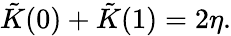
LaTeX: \tilde{K}(0)+\tilde{K}(1)=2\eta.